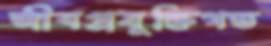
জীবপ্রযুক্তিগত